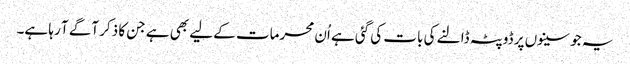
یہ جو سینوں پر ڈوپٹہ ڈالنے کی بات کی گئی ہے اُن محرمات کے لیے بھی ہے جن کا ذکر آگے آ رہا ہے۔